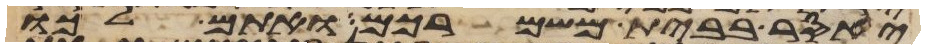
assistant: יאסר בבית משמרכם ואתם לכו